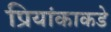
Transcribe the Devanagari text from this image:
प्रियांकाकडे